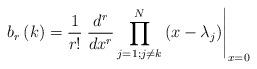
LaTeX: \begin{align*}b_{r}\left( k\right) =\frac{1}{r!}\left. \frac{d^{r}}{dx^{r}}\prod_{j=1;j\neq k}^{N}\left( x-\lambda_{j}\right) \right\vert _{x=0}\end{align*}